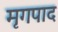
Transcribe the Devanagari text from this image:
मृगपाद